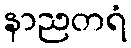
နာညတရံ